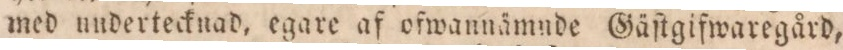
med undertecknad, egare af ofwannämnde Gäſtgifwaregård,